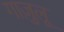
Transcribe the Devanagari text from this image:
गाज़ुलू